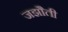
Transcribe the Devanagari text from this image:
जझौती